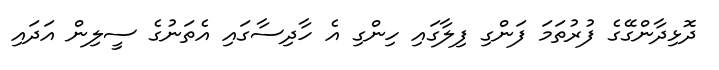
ދޮޅިދާންގޭގެ ފުރުތަމަ ފަންގި ފިލާގައި ހިންގި އެ ހާދިސާގައި އެތަނުގެ ސީލިން އަދައި